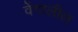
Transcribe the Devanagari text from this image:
वेंगालील